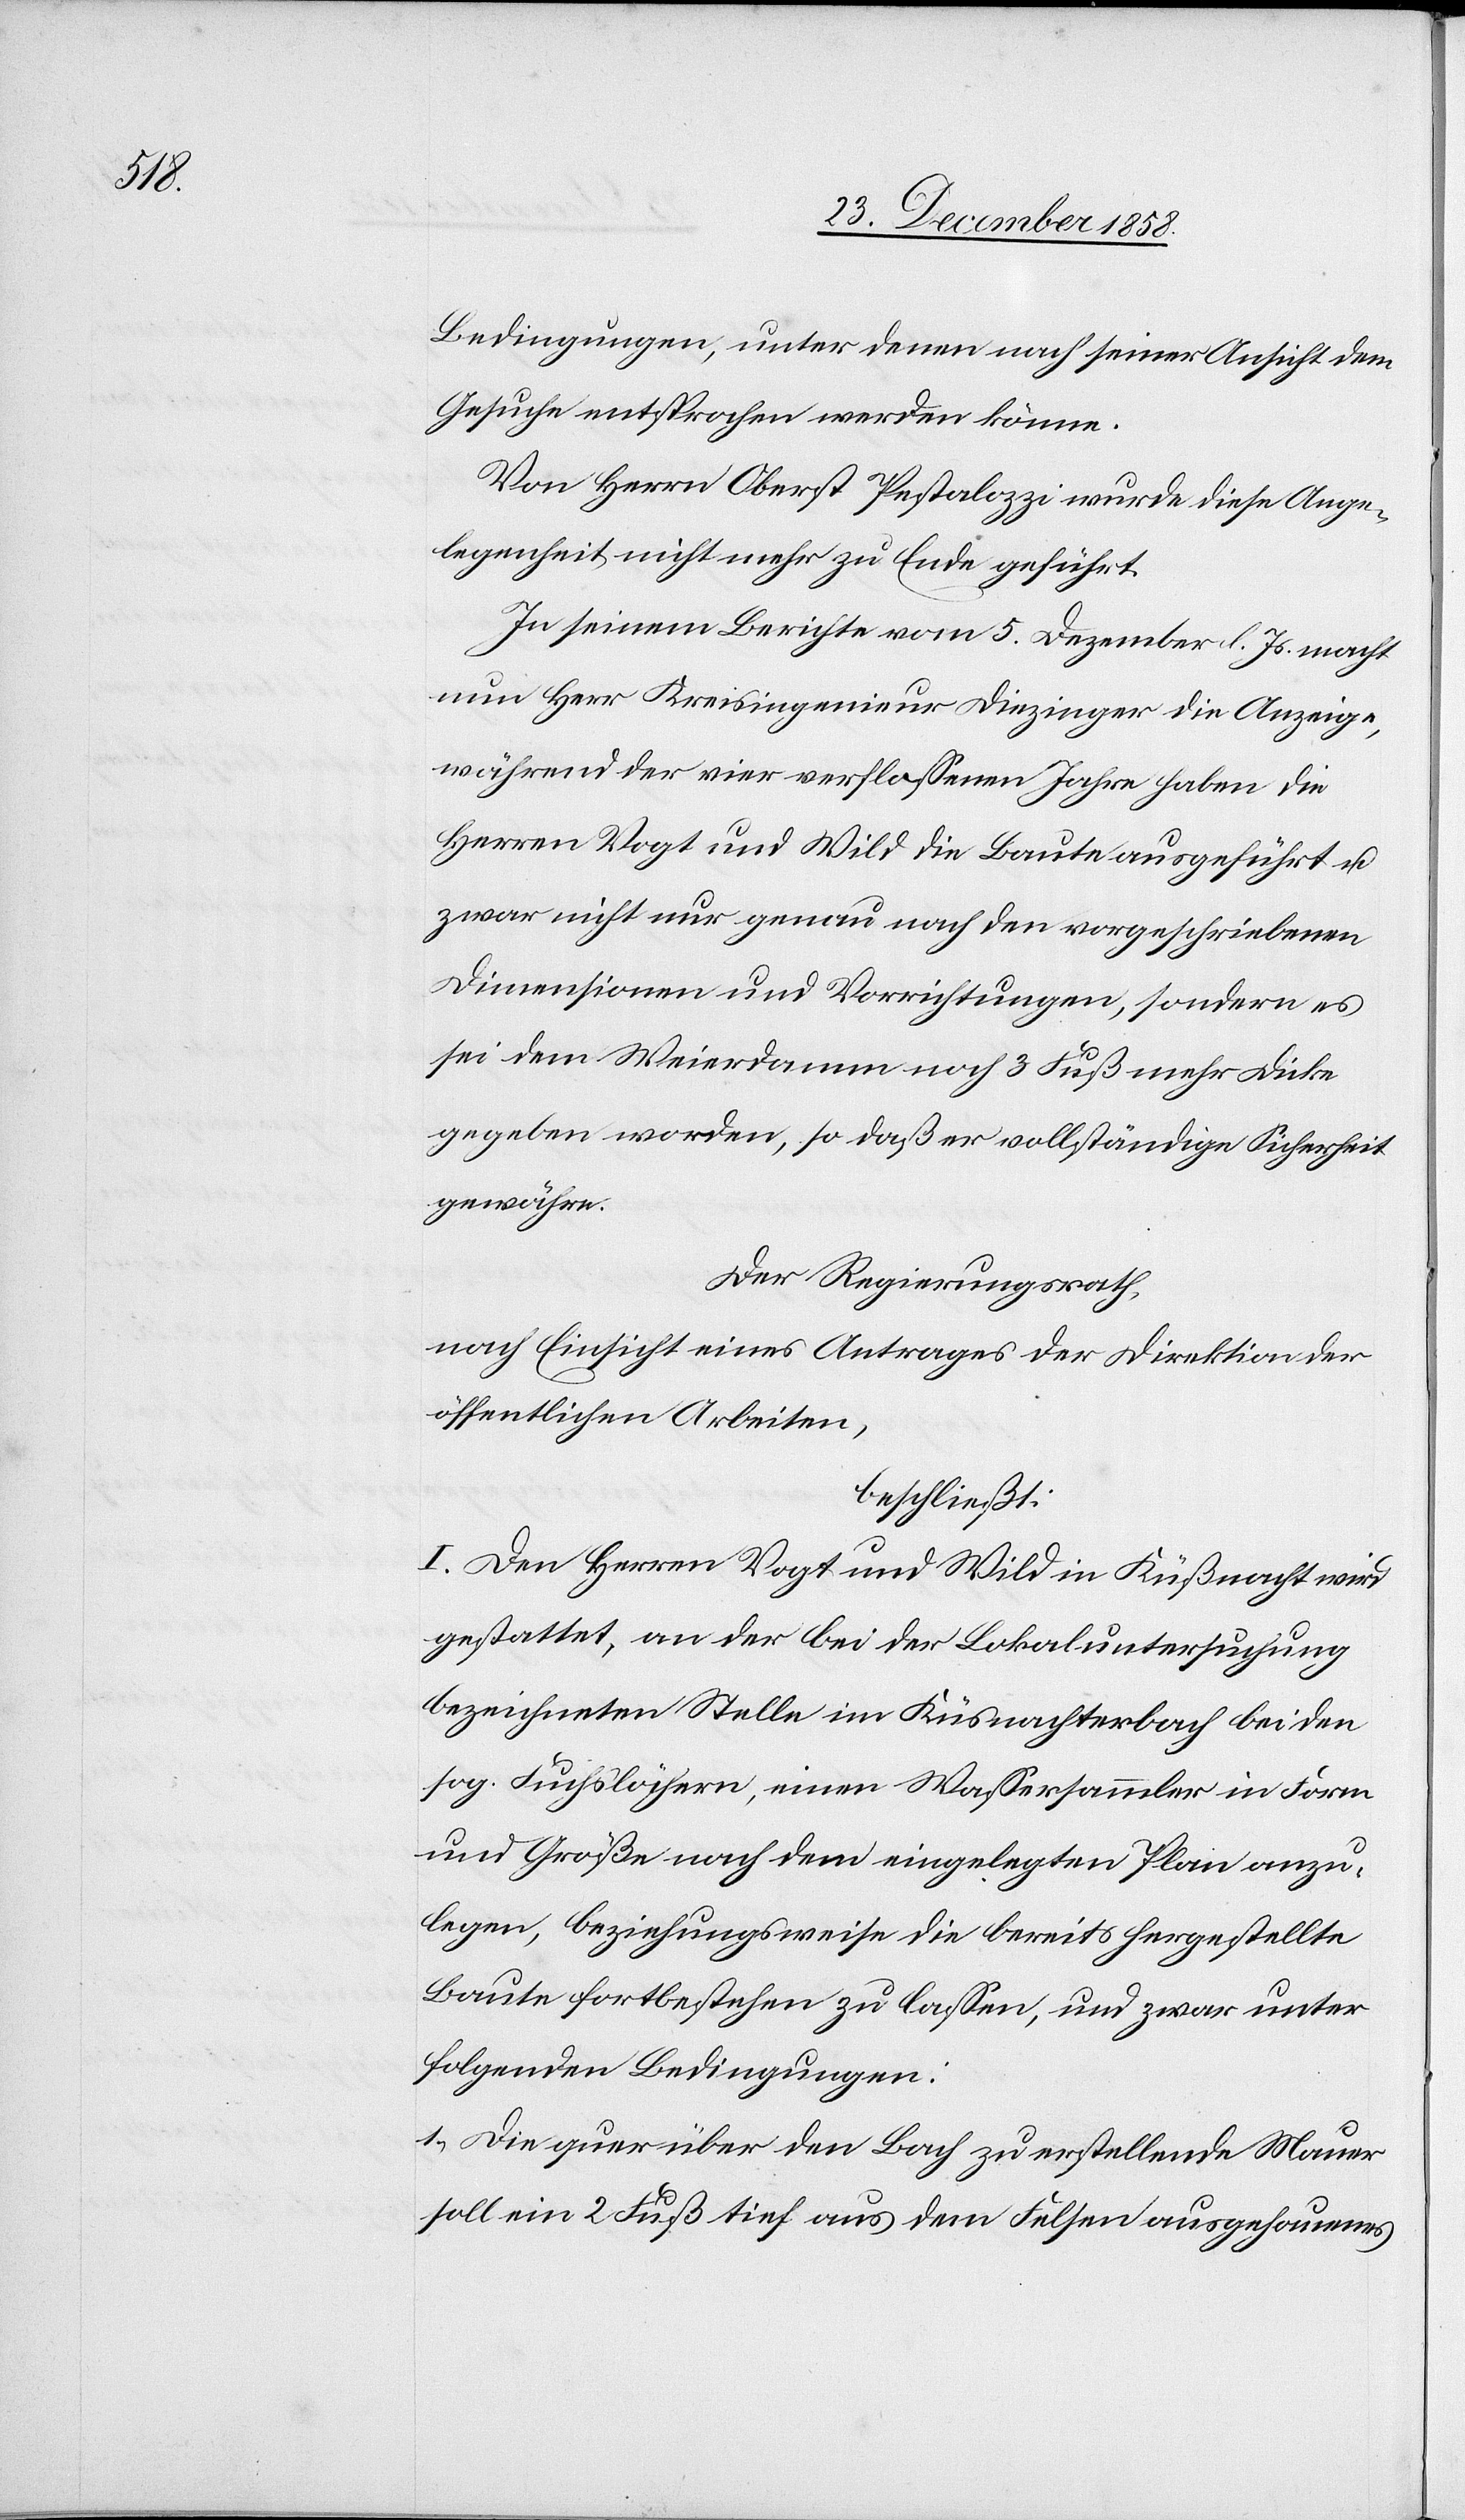
30.

Der Regierungsrath
beschließt: